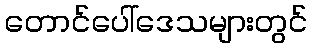
တောင်ပေါ်ဒေသများတွင်